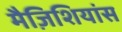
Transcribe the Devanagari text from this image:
मैज़िशियांस